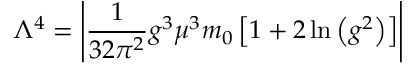
\Lambda ^ { 4 } = \left| { \frac { 1 } { 3 2 \pi ^ { 2 } } } g ^ { 3 } \mu ^ { 3 } m _ { 0 } \left[ 1 + 2 \ln \left( g ^ { 2 } \right) \right] \right|